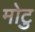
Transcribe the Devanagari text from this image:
मोटु